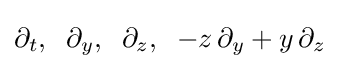
\partial _{t},\;\;\partial _{y},\;\;\partial _{z},\;\;-z\,\partial _{y}+y\,\partial _{z}